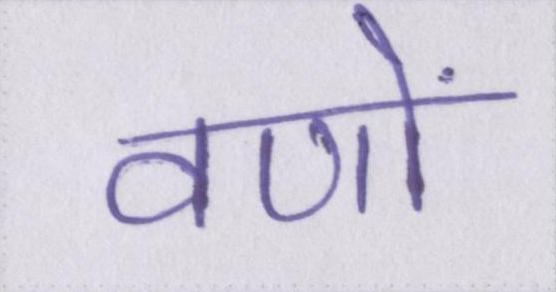
वणों